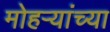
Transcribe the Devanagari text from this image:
मोहऱ्यांच्या